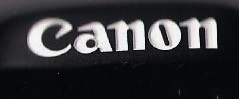
canon